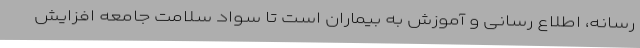
رسانه، اطلاع رسانی و آموزش به بیماران است تا سواد سلامت جامعه افزایش